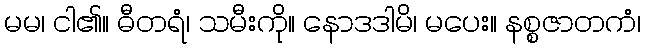
မမ၊ ငါ၏။ ဓီတရံ၊ သမီးကို။ နောဒဒါမိ၊ မပေး။ နစ္စဇာတကံ၊